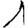
Digit: 1